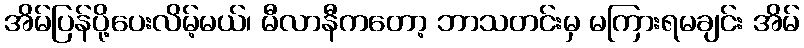
အိမ်ပြန်ပို့ပေးလိမ့်မယ်၊ မီလာနီကတော့ ဘာသတင်းမှ မကြားရမချင်း အိမ်